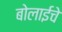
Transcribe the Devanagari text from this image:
बोलाईचे